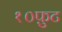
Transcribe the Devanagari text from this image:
१०फ़ुट